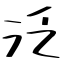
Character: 泛